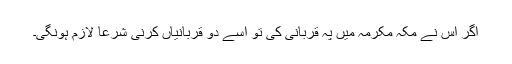
اگر اُس نے مکہ مکرمہ میں پہ قربانی کی تو اُسے دو قربانیاں کرنی شرعاً لازم ہونگی۔